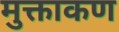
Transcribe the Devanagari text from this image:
मुक्ताकण